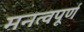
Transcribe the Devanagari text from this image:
मनत्वपूर्ण